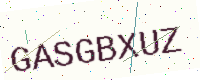
Text: GASGBXUZ